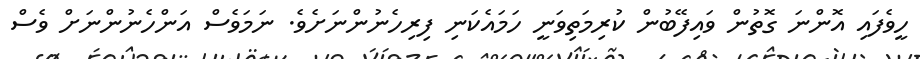
ހީވެފައި އޮންނަ ގޮތުން ވައިފޭބުން ކުރިމަތިވަނީ ހަމައެކަނި ފިރިހެނުންނަށެވެ. ނަމަވެސް އަންހެނުންނަށް ވެސް